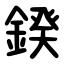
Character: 鍨